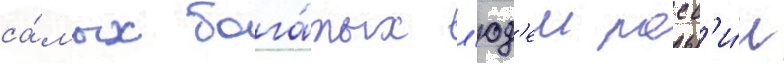
са́мых бога́тых л'юд'еи росс'и́и